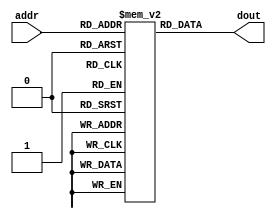
module im( addr, dout );
    
    input [11:2] addr;
    output [31:0] dout;
    
    reg [31:0] imem[1023:0];
    
    assign dout = imem[addr];
    
endmodule